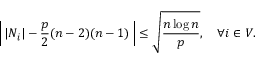
\left| \, | N _ { i } | - \frac { p } { 2 } ( n - 2 ) ( n - 1 ) \, \right| \leq \sqrt { \frac { n \log n } { p } } , \quad \forall i \in V .